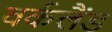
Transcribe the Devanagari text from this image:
वर्कलैंड